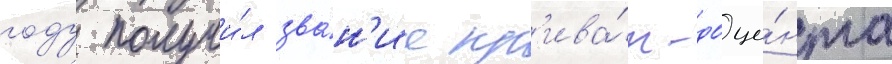
году получи́л зва́н'ие пр'ива́т-доце́нта